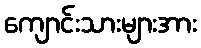
ကျောင်းသားများအား